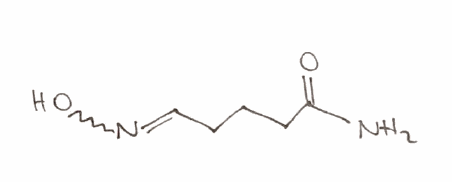
Simplified molecular-input line-entry system (SMILES) notation of the given molecule:
C(CC=NO)CC(=O)N